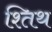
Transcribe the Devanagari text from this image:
श्तिथ